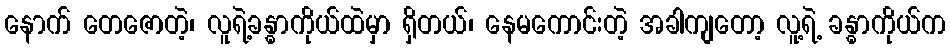
နောက် တေဇောတဲ့၊ လူရဲ့ခန္ဓာကိုယ်ထဲမှာ ရှိတယ်၊ နေမကောင်းတဲ့ အခါကျတော့ လူ့ရဲ့ ခန္ဓာကိုယ်က